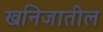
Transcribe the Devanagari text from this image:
खनिजातील